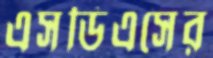
এসডিএসের